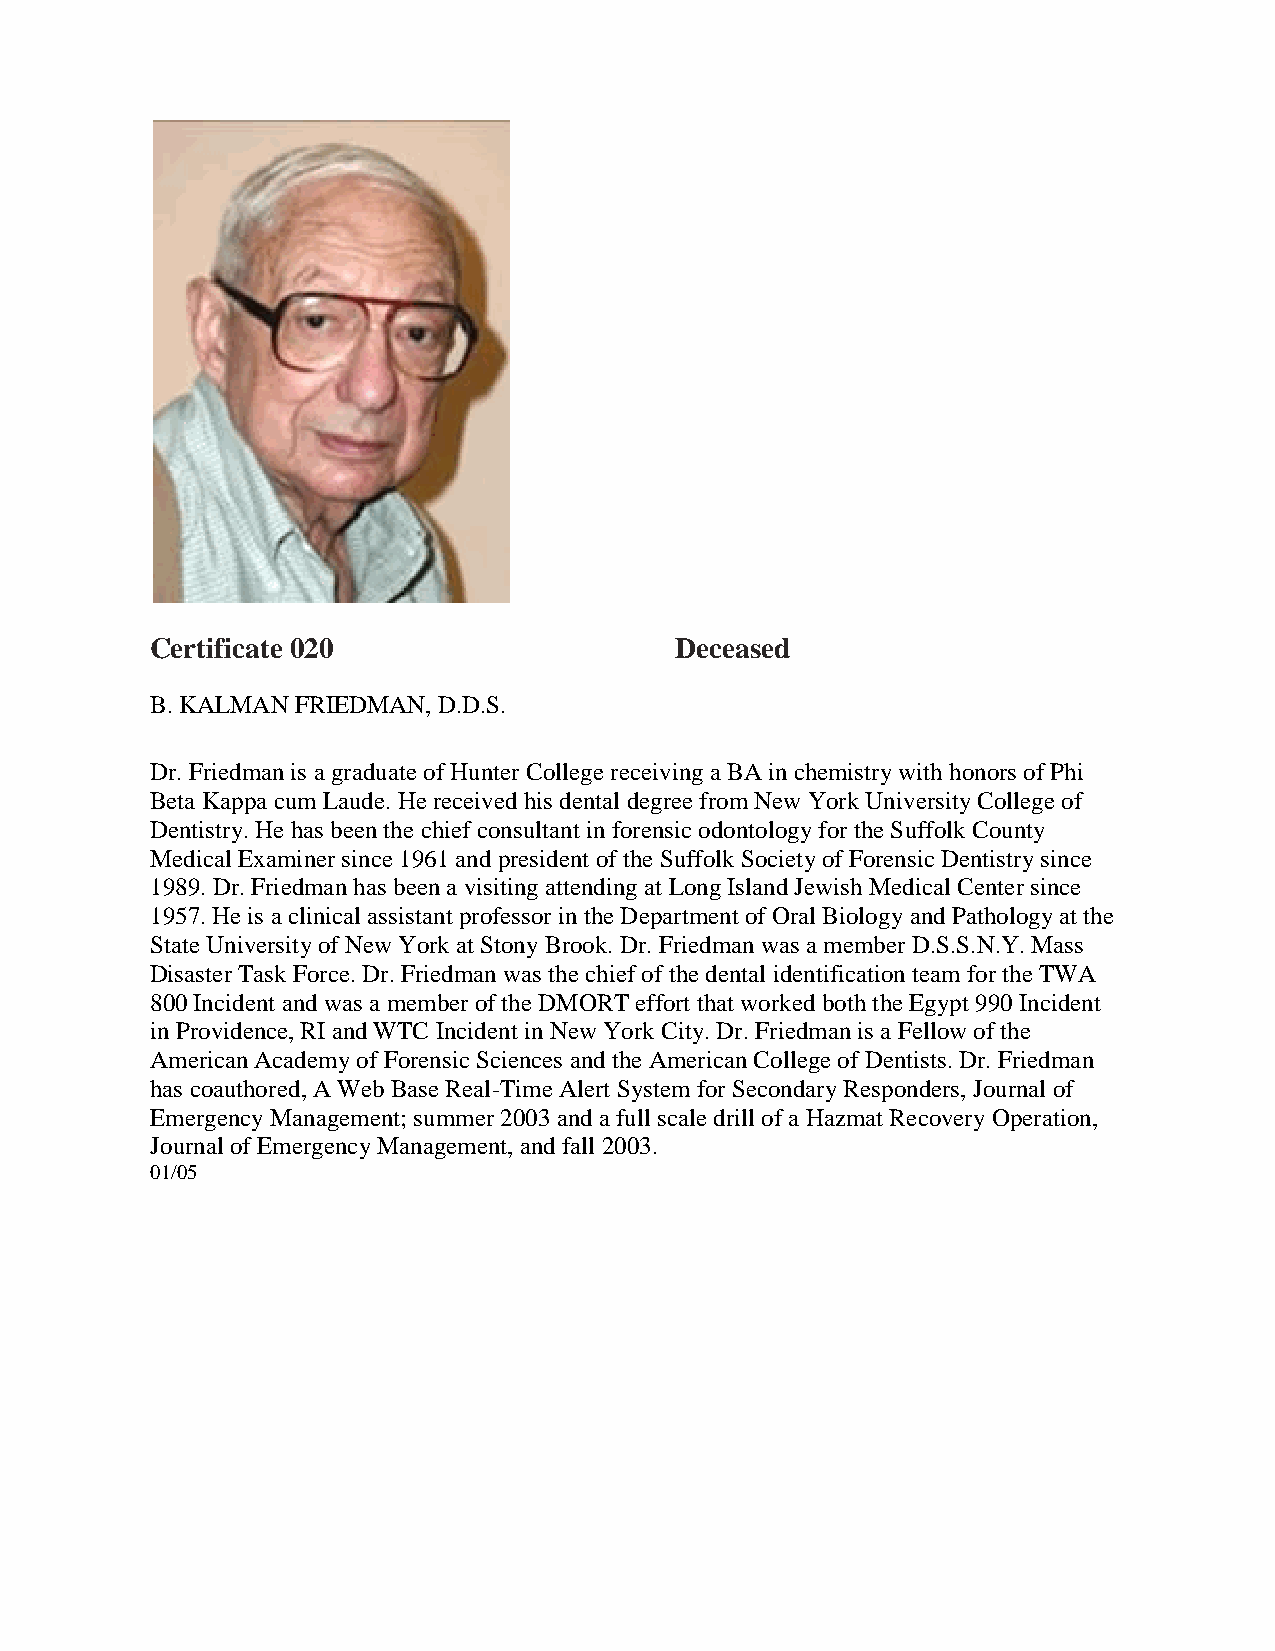
Certificate 020                    Deceased
 B. KALMAN FRIEDMAN, D.D.S.
 Dr. Friedman is a graduate of Hunter College receiving a BA in chemistry with honors of Phi
 Beta Kappa cum Laude. He received his dental degree from New York University College of
 Dentistry. He has been the chief consultant in forensic odontology for the Suffolk County
 Medical Examiner since 1961 and president of the Suffolk Society of Forensic Dentistry since
 1989. Dr. Friedman has been a visiting attending at Long Island Jewish Medical Center since
 1957. He is a clinical assistant professor in the Department of Oral Biology and Pathology at the
 State University of New York at Stony Brook. Dr. Friedman was a member D.S.S.N.Y. Mass
 Disaster Task Force. Dr. Friedman was the chief of the dental identification team for the TWA
 800 Incident and was a member of the DMORT effort that worked both the Egypt 990 Incident
 in Providence, RI and WTC Incident in New York City. Dr. Friedman is a Fellow of the
 American Academy of Forensic Sciences and the American College of Dentists. Dr. Friedman
 has coauthored, A Web Base Real-Time Alert System for Secondary Responders, Journal of
 Emergency Management; summer 2003 and a full scale drill of a Hazmat Recovery Operation,
 Journal of Emergency Management, and fall 2003.
 01/05